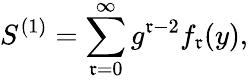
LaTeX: S^{(1)}=\sum_{\mathfrak{r}=0}^{\infty}g^{\mathfrak{r}-2}f_{\mathfrak{r}}(y),